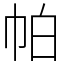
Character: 帕